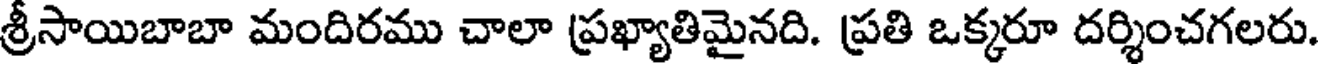
శ్రీసాయిబాబా మందిరము చాలా ప్రఖ్యాతిమైనది. ప్రతి ఒక్కరూ దర్శించగలరు.